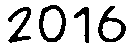
2016